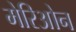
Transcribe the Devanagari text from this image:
मेरिओन